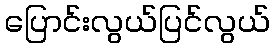
ပြောင်းလွယ်ပြင်လွယ်